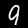
Digit: 9